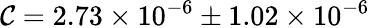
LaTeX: \mathcal{C}=2.73\times10^{-6}\pm1.02\times10^{-6}